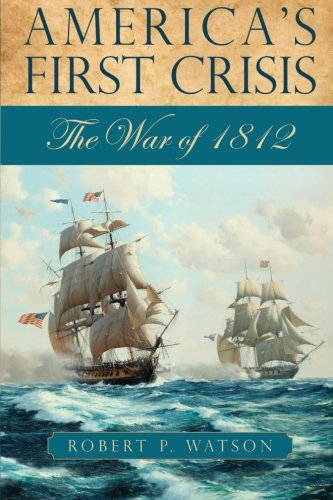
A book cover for America's First Crisis: The War of 1812; Robert P. Watson; History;